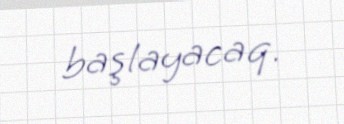
başlayacaq.